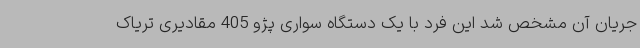
جریان آن مشخص شد این فرد با یک دستگاه سواری پژو 405 مقادیری تریاک